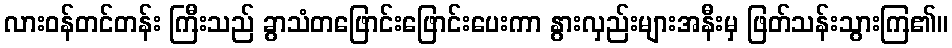
လားဝန်တင်တန်း ကြီးသည် ခွာသံတဖြောင်းဖြောင်းပေးကာ နွားလှည်းများအနီးမှ ဖြတ်သန်းသွားကြ၏။